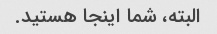
البته، شما اینجا هستید.